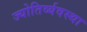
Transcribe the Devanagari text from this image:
ज्योतिर्व्यवस्था